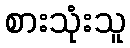
စားသုံးသူ